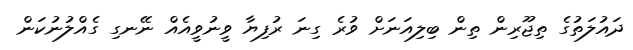
ދައުލަތުގެ ތިޖޫރިން ތިން ބިލިއަނަށް ވުރެ ގިނަ ރުފިޔާ ވީނުވީއެެއް ނޭނގި ގެއްލުނުކަން